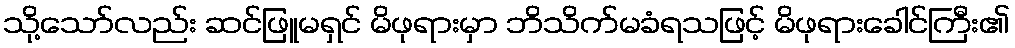
သို့သော်လည်း ဆင်ဖြူမရှင် မိဖုရားမှာ ဘိသိက်မခံရသဖြင့် မိဖုရားခေါင်ကြီး၏